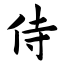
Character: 侍